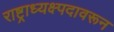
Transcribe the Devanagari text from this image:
राष्ट्राध्यक्ष्पदावरून